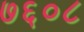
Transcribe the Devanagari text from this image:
७६०८